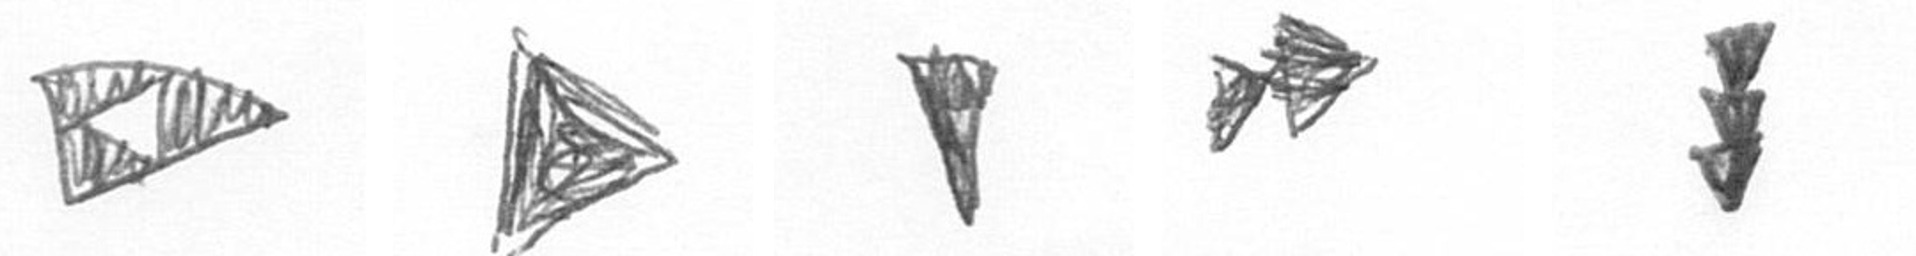
K T J A E